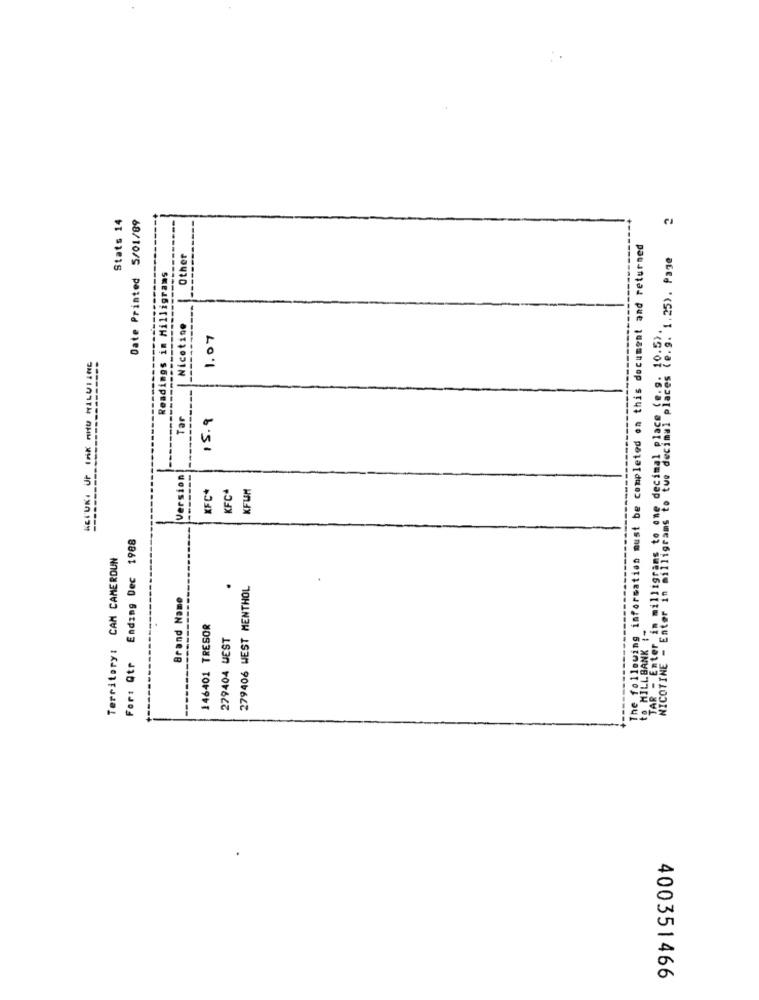
Stats 14
Date Printed 5/01/89
2
following information must be completed on this document and returned
Other
- Enter in milligrams to one "ccamalcrise places (e.g. '1.25). Page
Readings im Milligrams
Nicotine
1.07
KETUKI OF Ink nity MILUTINE
Tar
15.9
NICOTINE - Enter in milligrams to tue
Version
KFC*
KFUM
KFC*
Ending Dec 1988
Territory: CAM CAMEROUN
.
279406 WEST MENTHOL
Brand Name
146401 TRESOR
279404 WEST
HILL BANK
Fort Qtr
400351466